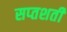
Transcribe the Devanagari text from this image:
सप्‍तशती